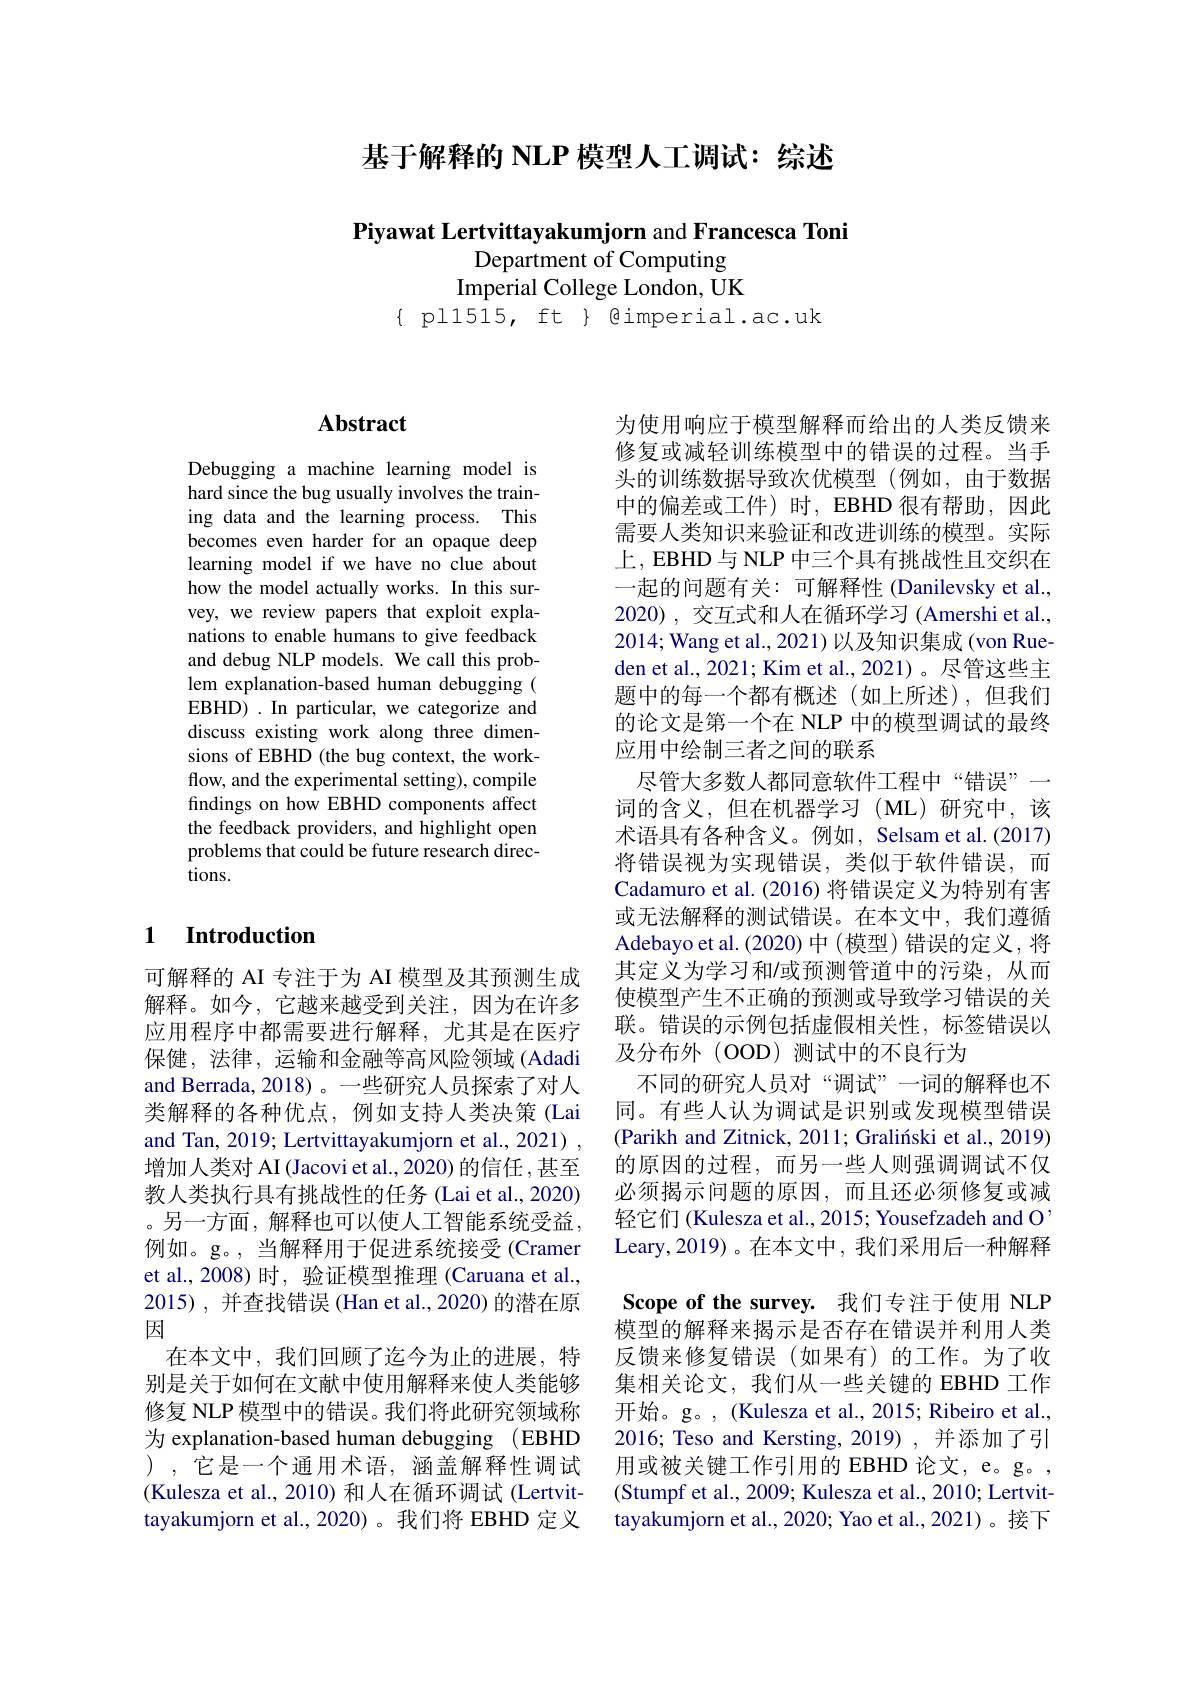
基于解释的 NLP 模型人工调试：综述

Piyawat Lertvittayakumjorn and Francesca Toni
Department of Computing Imperial College London, UK
$\{$ pl1515, ft $\}$@imperial.ac.uk

### $\mathbf{Abstract}$

Debugging a machine learning model is hard since the bug usually involves the training data and the learning process. This becomes even harder for an opaque deep learning model if we have no clue about how the model actually works. In this survey, we review papers that exploit explanations to enable humans to give feedback and debug NLP models. We call this problem explanation-based human debugging ( EBHD).In particular, we categorize and discuss existing work along three dimensions of EBHD (the bug context, the workflow, and the experimental setting), compile findings on how EBHD components affect the feedback providers, and highlight open problems that could be future research directions.

### $\textbf{1}$ $\textbf{Introduction}$

可解释的 AI 专注于为 AI 模型及其预测生成解释。如今，它越来越受到关注，因为在许多应用程序中都需要进行解释，尤其是在医疗保健，法律，运输和金融等高风险领域(Adadi and Berrada, 2018)。一些研究人员探索了对人类解释的各种优点，例如支持人类决策 (Lai and Tan, 2019; Lertvittayakumjorn et al., 2021) , 增加人类对 AI (Jacovi et al., 2020) 的信任 ,甚至教人类执行具有挑战性的任务 (Lai et al., 2020) 。另一方面，解释也可以使人工智能系统受益， 例如。g。, 当解释用于促进系统接受(Cramer et al.,2008)时，验证模型推理(Caruana et al., 2015), 并查找错误 (Han et al., 2020) 的潜在原因
在本文中，我们回顾了迄今为止的进展，特别是关于如何在文献中使用解释来使人类能够修复 NLP 模型中的错误。我们将此研究领域称为 explanation-based human debugging (EBHD ),它是一个通用术语，涵盖解释性调试(Kulesza et al., 2010) 和人在循环调试 (Lertvittayakumjorn et al.,2020)。我们将 EBHD 定义

为使用响应于模型解释而给出的人类反馈来修复或减轻训练模型中的错误的过程。当手头的训练数据导致次优模型(例如，由于数据中的偏差或工件)时，EBHD 很有帮助，因此需要人类知识来验证和改进训练的模型。实际上，EBHD 与 NLP 中三个具有挑战性且交织在一起的问题有关：可解释性 (Danilevsky et al., 2020),交互式和人在循环学习 (Amershi et al., 2014; Wang et al., 2021) 以及知识集成 (von Rueden et al., 2021; Kim et al., 2021)。尽管这些主题中的每一个都有概述(如上所述),但我们的论文是第一个在 NLP 中的模型调试的最终应用中绘制三者之间的联系
尽管大多数人都同意软件工程中“错误”一词的含义，但在机器学习(ML)研究中，该术语具有各种含义。例如，Selsam et al.(2017) 将错误视为实现错误，类似于软件错误，而Cadamuro et al. (2016) 将错误定义为特别有害或无法解释的测试错误。在本文中，我们遵循Adebayo et al. (2020) 中 (模型) 错误的定义，将其定义为学习和/或预测管道中的污染，从而使模型产生不正确的预测或导致学习错误的关联。错误的示例包括虚假相关性，标签错误以及分布外(OOD)测试中的不良行为
不同的研究人员对“调试”一词的解释也不同。有些人认为调试是识别或发现模型错误(Parikh and Zitnick, 2011; Graliński et al., 2019) 的原因的过程，而另一些人则强调调试不仅必须揭示问题的原因，而且还必须修复或减轻它们 (Kulesza et al., 2015; Yousefzadeh and O Leary,2019)。在本文中，我们采用后一种解释Scope of the survey. 我们专注于使用 NLP 模型的解释来揭示是否存在错误并利用人类反馈来修复错误(如果有)的工作。为了收集相关论文，我们从一些关键的 EBHD 工作开始。g。, (Kulesza et al., 2015; Ribeiro et al., 2016; Teso and Kersting, 2019) , 并添加了引用或被关键工作引用的 EBHD 论文，e。g。, (Stumpf et al., 2009; Kulesza et al., 2010; Lertvittayakumjorn et al., 2020; Yao et al., 2021)。接下